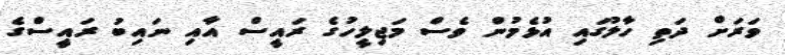
ވަރަށް ދަތި ހާލުގައި އުޅެމުން ވެސް މަޖިލީހުގެ ރައީސް އާއި ނައިބު ރައީސްގެ